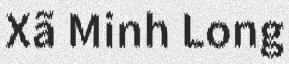
Xã Minh Long